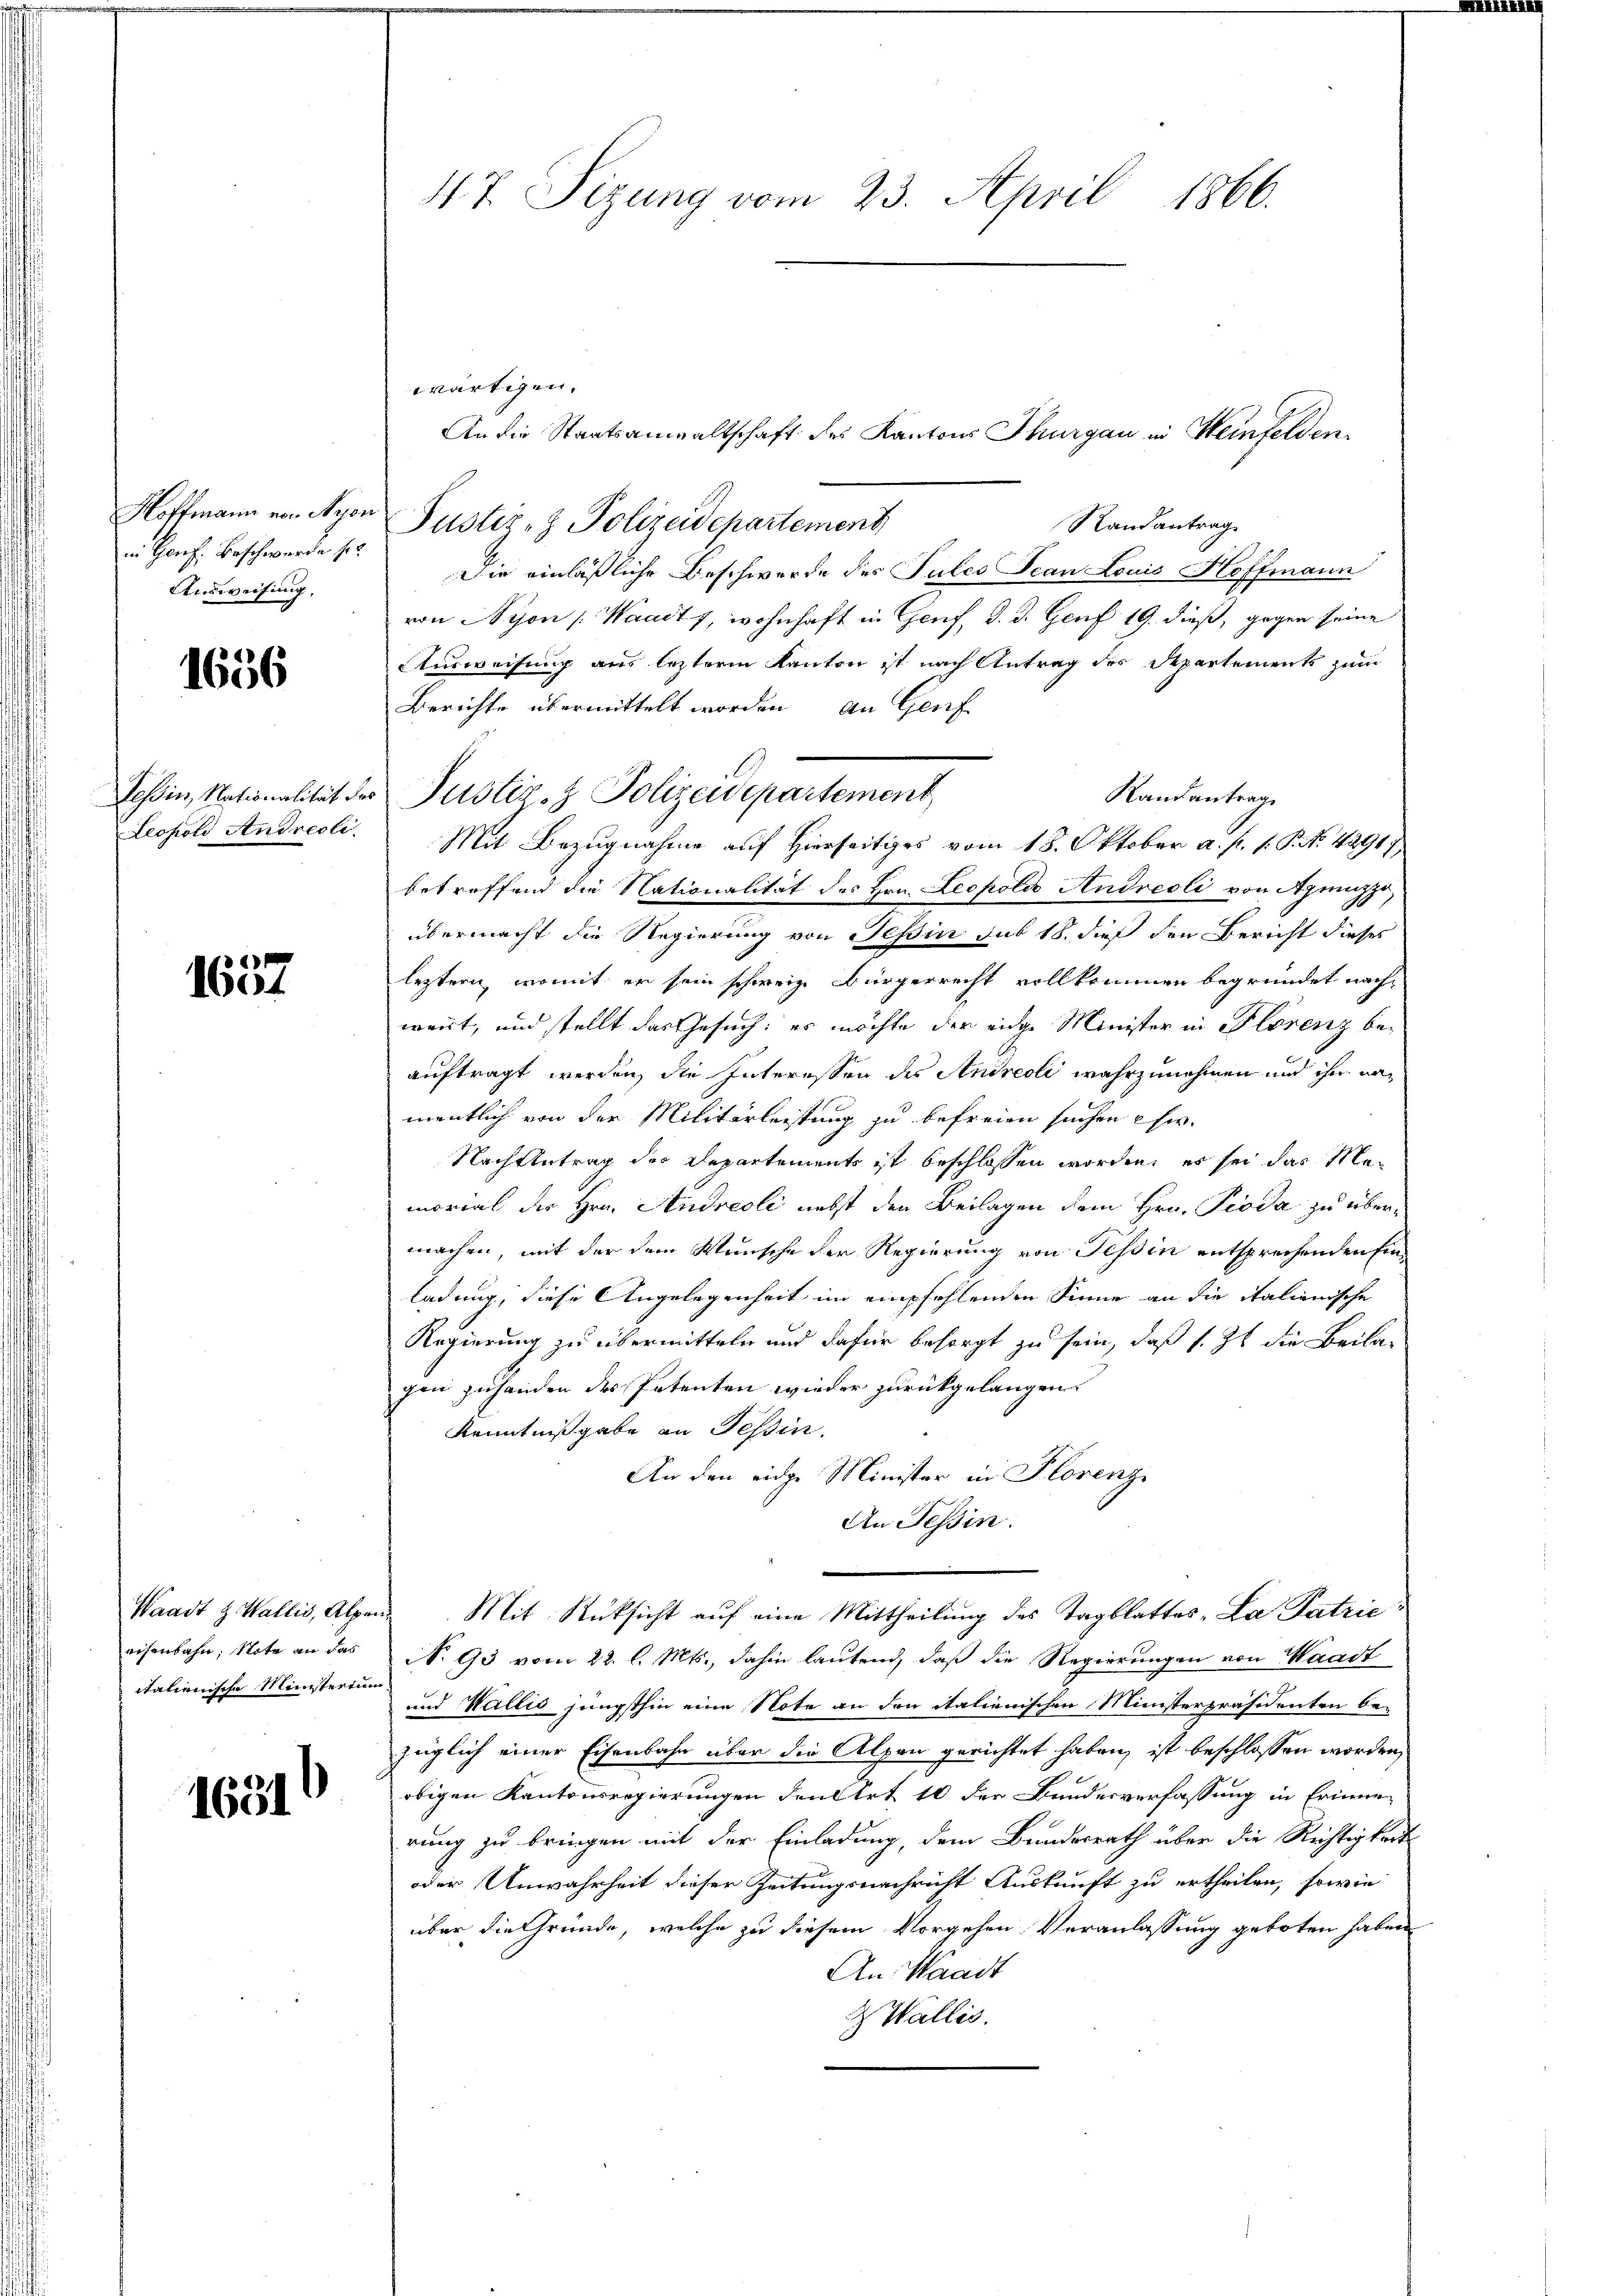
Hoffmann von Nyon
in Honf. Beschwerde s
Ausweisung,

1656

Tessin, Nationalität der
Leopold Andreoli

1657

aisenbahn; Note an das
italienische Ministerium

1651

47. Sizung vom 23. April 1866.

wärtigen.
An die Staatsanwaltschaft des Kantons Thurgau in Weinfelden¬
Randantrag
Justiz- & Polizeidepartement
Die einläßliche Beschwerde des Pules Jean Louis Hoffmann
von Nyon (Waadt, wohnhaft in Genf, d. d. Genf 19. dieß, gegen seine
Ausweisung aus letzterm Kanton ist nach Antrag der Departements zum
Berichte übermittelt worden, an Genf
Randantrag
Mit Bezugnahme auf Hierseitiges vom 18. Oktober a. p. 1. P. No. 42917
betreffend die Nationalität des Hrn. Leopold Andreoli von Aprezzo,
übermacht die Regierung von Teßin das 18. dieß den Bericht dieses
leztern, womit er sein schweiz. Bürgerrecht vollkommen begründet nachweirt, und stellt das Gesuch: es möchte der eidge Minister in Florenz beauftragt werden, die Interessen des Andreoli wahrzunehmen und ihn na
mentlich von der Militärleistung zu befreien suchen hie
Nach Antrag des Departements ist beschlossen worden, es sei das Memorial der Hrn. Andreoli nebst den Beilagen dem Hrn. Pioda zu übermachen, mit der dem Wunsche der Regierung von Tessin entsprechenden Einladung, diese Angelegenheit im empfehlenden Sinne an die italienische
Regierung zu übermitteln und dafür besorgt zu sein, daß s. Zt. die Beilagen zuhanden des Petenten wieder zurückgelangen.
Kenntnißgabe an Tessin.
An den eidge Minister in Florenz
An Tessin:
Waadt z. Wallis, Alpen. Mit Rücksicht aŭf eine Mittheilŭng des Tagblattes-La Patrie
No 93 vom 22. l. Mts., dahin lautend, daß die Regierungen von Waadt
und Wallis jüngsthin eine Note an den italienischen Ministerpräsidenten be-
züglich einer Eisenbahn über die Alpen gerichtet haben, ist beschlossen worden,
obigen Kantonsregierungen den Art 10 der Bundesverfassung in Erinne-
rung zu bringen mit der Einladung, dem Bundesrath über die Richtigkeit
oder Unwahrheit dieser Zeitungsnachricht Auskunft zu ertheilen, sowie
über die Gründe, welche zu diesem Vorgehen Veranlassung geboten haben
An Waadt
& Wallis.

Justiz- & Polizeidepartement